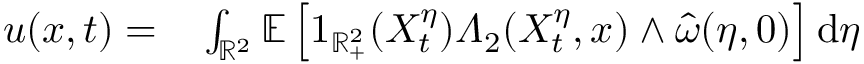
\begin{array} { r l } { u ( x , t ) = } & { { } \int _ { \mathbb { R } ^ { 2 } } \mathbb { E } \left[ 1 _ { \mathbb { R } _ { + } ^ { 2 } } ( X _ { t } ^ { \eta } ) \varLambda _ { 2 } ( X _ { t } ^ { \eta } , x ) \wedge \hat { \omega } ( \eta , 0 ) \right] \mathrm { d } \eta } \end{array}